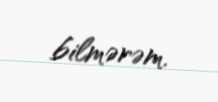
bilmərəm.